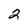
Character: 2